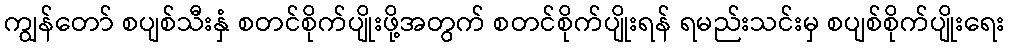
ကျွန်တော် စပျစ်သီးနှံ စတင်စိုက်ပျိုးဖို့အတွက် စတင်စိုက်ပျိုးရန် ရမည်းသင်းမှ စပျစ်စိုက်ပျိုးရေး